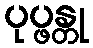
ပုပ္ဖန္တု